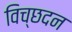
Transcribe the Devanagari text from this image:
विच्छदन